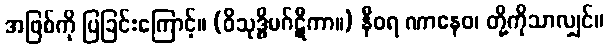
အဖြစ်ကို ပြခြင်းကြောင့်။ (ဝိသုဒ္ဓိမဂ်ဋီကာ။) နီဝရ ဏာနေဝ၊ တို့ကိုသာလျှင်။